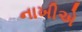
નાખીએ